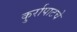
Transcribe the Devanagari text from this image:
कुर्रापाटचे